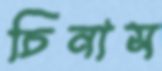
চিনাস